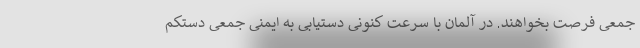
جمعی فرصت بخواهند. در آلمان با سرعت کنونی دستیابی به ایمنی جمعی دستکم